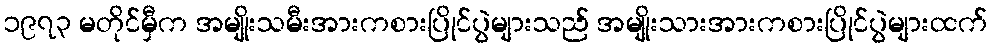
၁၉၇၃ မတိုင်မှီက အမျိုးသမီးအားကစားပြိုင်ပွဲများသည် အမျိုးသားအားကစားပြိုင်ပွဲများထက်